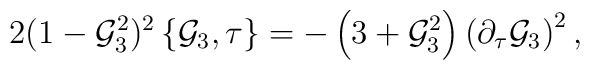
2(1-{\cal G}_3^2)^2\left\{{\cal G}_3,\tau\right\}=-\left(3+{\cal G}_3^2\right)\left(\partial_\tau{\cal G}_3\right)^2,